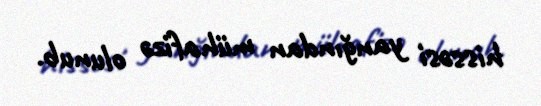
hissəsi yanğından mühafizə olunub.